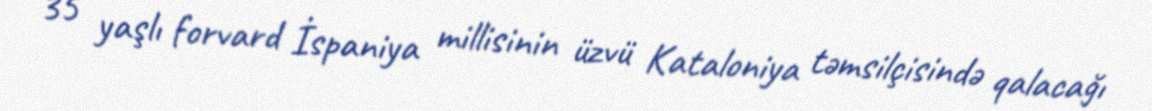
35 yaşlı forvard İspaniya millisinin üzvü Kataloniya təmsilçisində qalacağı